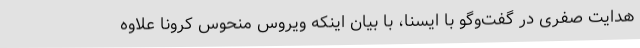
هدایت صفری در گفت‌وگو با ایسنا، با بیان اینکه ویروس منحوس کرونا علاوه